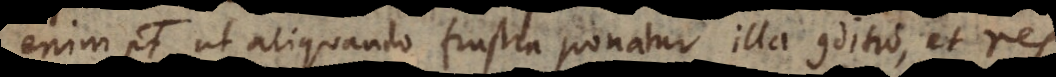
enim potest ut aliquando frustra ponatur illa conditio, et res